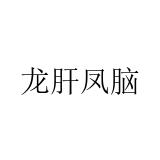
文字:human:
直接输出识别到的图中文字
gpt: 龙肝凤脑